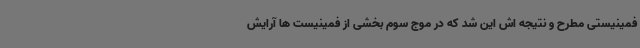
فمینیستی مطرح و نتیجه اش این شد که در موج سوم بخشی از فمینیست ها آرایش